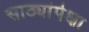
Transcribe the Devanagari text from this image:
साठ्यांपेक्षा